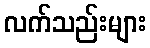
လက်သည်းများ